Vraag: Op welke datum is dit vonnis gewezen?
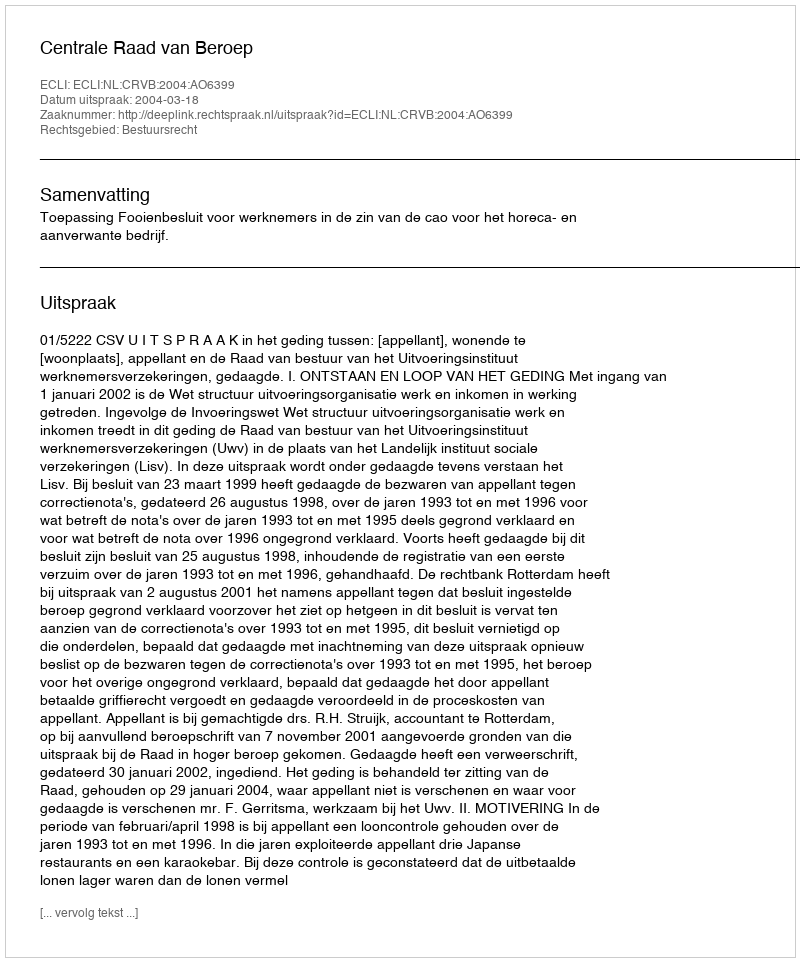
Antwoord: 2004-03-18